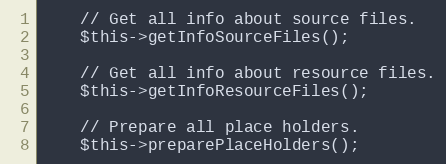
Language: PHP
    // Get all info about source files.
    $this->getInfoSourceFiles();

    // Get all info about resource files.
    $this->getInfoResourceFiles();

    // Prepare all place holders.
    $this->preparePlaceHolders();